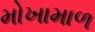
મોખામાળ